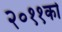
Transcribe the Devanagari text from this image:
२०११को